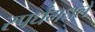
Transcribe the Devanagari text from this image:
स्पर्धेमधले